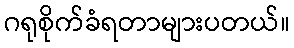
ဂရုစိုက်ခံရတာများပတယ်။